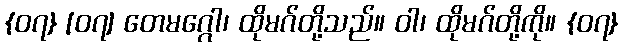
{၀၇} [၀၇] တေမဂ္ဂေါ၊ ထိုမဂ်တို့သည်။ ဝါ၊ ထိုမဂ်တို့ကို။ {၀၇}